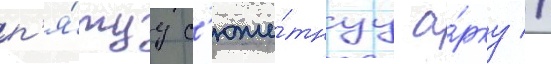
п'я́туу с'юже́тнуу а́рку //